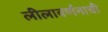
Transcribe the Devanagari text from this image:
लीलावर्णनाची